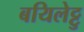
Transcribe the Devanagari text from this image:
बयिलेट्टु